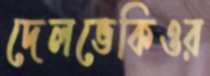
দেলভেকিওর